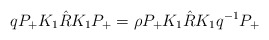
\begin{align*}q P_{+} K_{1} \hat{R} K_{1} P_{+} = \rho P_{+} K_{1} \hat{R} K_{1} q^{-1}P_{+}\end{align*}